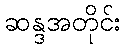
ဆန္ဒအတိုင်း